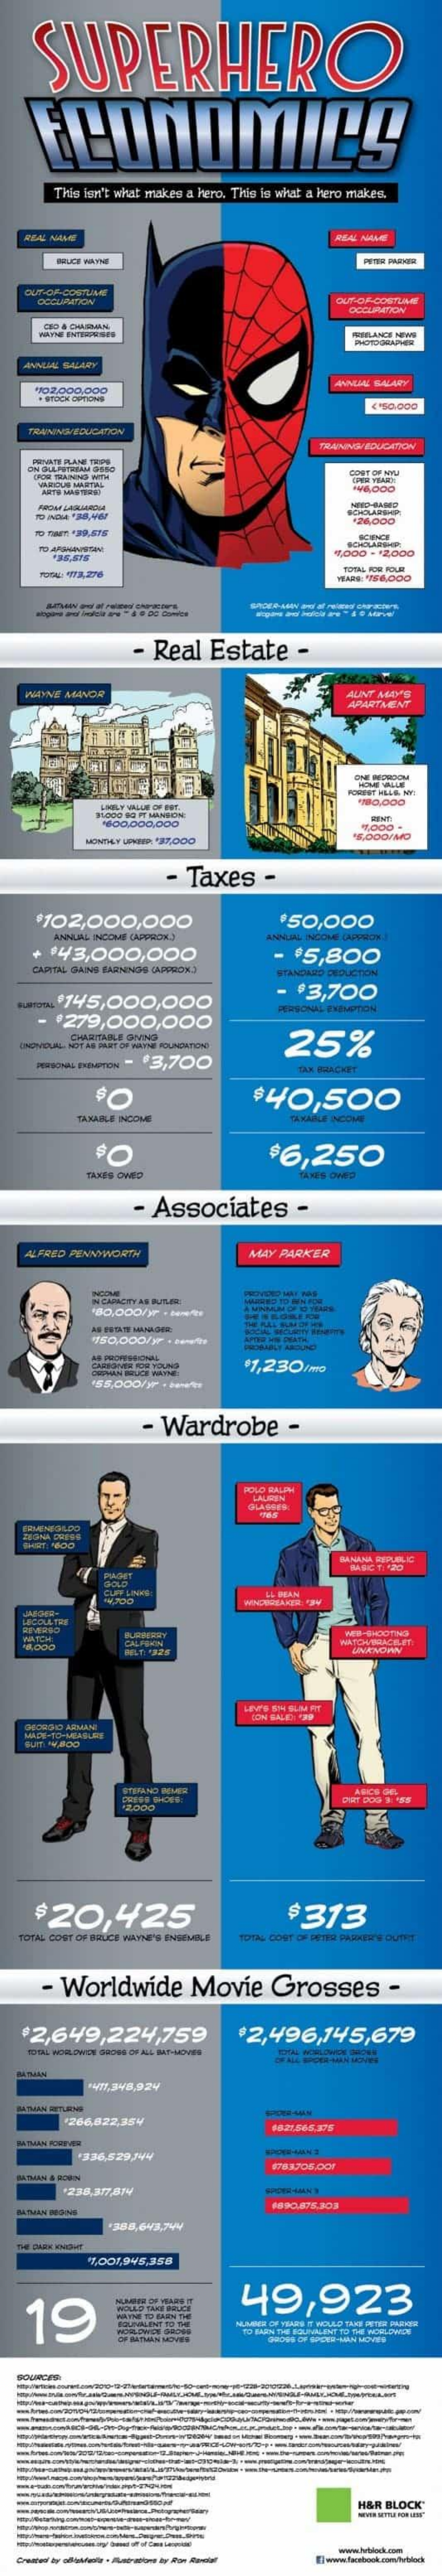
SUPERHERO
     ECONOMICS
     This isn't what makes a hero. This is what a hero makes.
    REAL AALE    REAL NAME
     OCCUIAMDON
     OCCUPATION'
    ANNUAL SALARY
     YO2.000.000
     ANNUAL SALARY
    TUNINGAEDUCATION
     CACHE TILAINING WITH
     VREDUN MARTAL
     ARTE MASTICHD
     426.000
     TO turn "39,575
     136,575    4,000 - 12,000
     TOTAL: 573278
     -----
     - Real   Estate    -
    AMINE MANOR    AUNT MAYS
     APARTMENT
     LINULY MALON OF PUT.
     1.000 9 PT MANHOM
     5,000MMMO
     - Taxes    -
     $102,000,000    $50,000
     143,000,000    $5,800
     CAPITAL GAINS PARNINGO (APPROX.)
   sumo. 145,000,000    $3,700
     '279,000,000
     CHARITABLE OMNO
   UINDIVIDUAL, NOT AN DAMIT OF HAFNE FOUNDATION 25%
     PRIONLIPTON - $3,700
     $40,500
     TAXABLE INCOME
     $6,250
     TAXES OWED
     - Associates    -
    ALFRED PENNYWORTH    MAY PARKER
     CHINGMIE ICE YOUNG  $1,230/mo
     -  Wardrobe    -
     Hertiva Chical
     MB-SHOOTING
     BINANOAN
     $20,425    $313
     TOTAL COST OF
     - Worldwide    Movie    Grosses    -
   $2,649,224,759    2,496,145,679
     40,340,924
     266,822,354
     '336,529,Jv
     238.377814
     4990,875.303
    19
     49,923
     H&R BLOCK
     ---